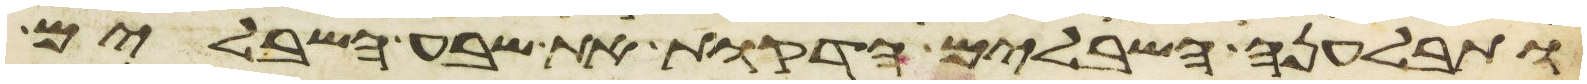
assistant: ותבלענה השבלים הדקות את שבע השבלים